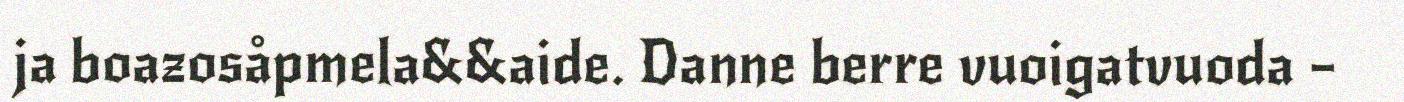
ja boazosåpmela&&aide. Danne berre vuoigatvuoda –